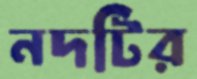
নদটির